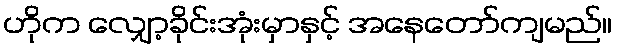
ဟိုက လျှော့ခိုင်းအုံးမှာနှင့် အနေတော်ကျမည်။